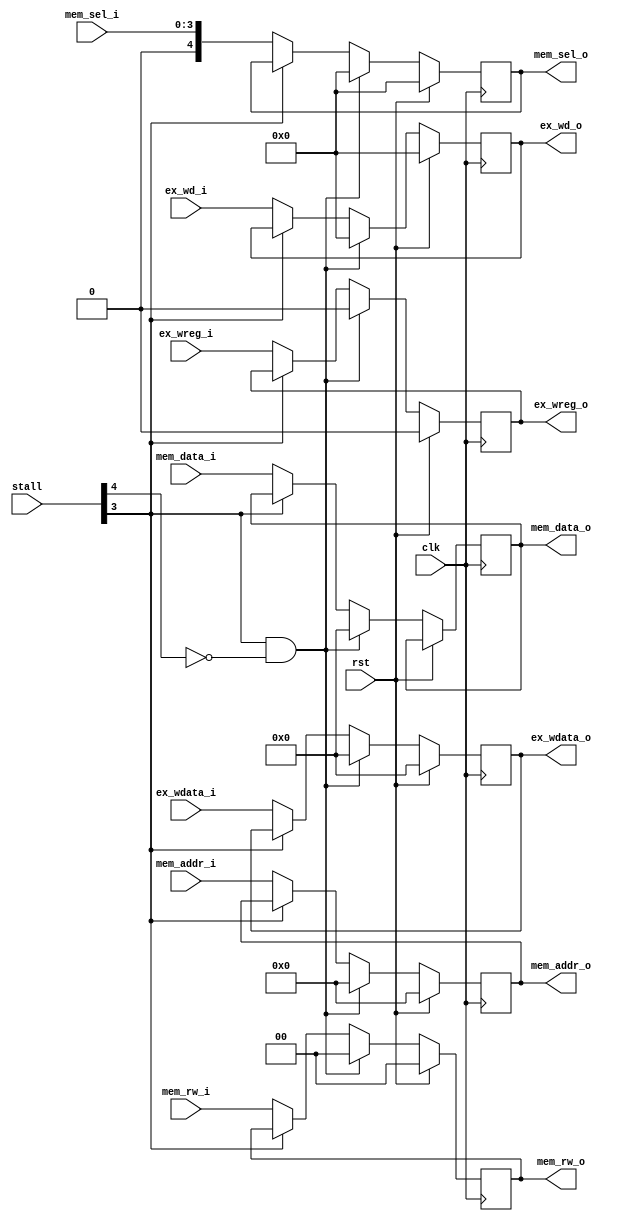
`timescale 1ns / 1ps
//////////////////////////////////////////////////////////////////////////////////
// Company: 
// Engineer: 
// 
// Design Name: 
// Module Name: ex_mem
// Project Name: 
// Target Devices: 
// Tool Versions: 
// Description: 
// 
// Dependencies: 
// 
// Revision:
// Revision 0.01 - File Created
// Additional Comments:
// 
//////////////////////////////////////////////////////////////////////////////////
`timescale 1ns / 1ps
//////////////////////////////////////////////////////////////////////////////////
// Company: 
// Engineer: 
// 
// Design Name: 
// Module Name: id_ex
// Project Name: 
// Target Devices: 
// Tool Versions: 
// Description: 
// 
// Dependencies: 
// 
// Revision:
// Revision 0.01 - File Created
// Additional Comments:
// 
//////////////////////////////////////////////////////////////////////////////////




module ex_mem(

	input	wire										clk,
	input wire										rst,

	
	//
	input wire[4:0] ex_wd_i,
	input wire ex_wreg_i,
	input wire[31:0] ex_wdata_i,
	
	input wire[1:0] mem_rw_i,
    input wire[11:0] mem_addr_i,
    input wire[3:0] mem_sel_i,
    input wire[31:0] mem_data_i,
    input wire[5:0]  stall,
	
	output reg [4:0] ex_wd_o,
	output reg ex_wreg_o,
	output reg[31:0] ex_wdata_o,
	
	
	output reg [1:0] mem_rw_o,
    output reg [11:0] mem_addr_o,
    output reg[4:0] mem_sel_o,
    output reg[31:0] mem_data_o
);

	always @ (posedge clk) begin
		if (rst == 1) begin
			ex_wd_o=5'B0;
            ex_wreg_o=1'B0;
            ex_wdata_o=32'B0;
            mem_rw_o=2'b0;
            mem_addr_o=12'b0;
            mem_sel_o=4'b0;
		end else if(stall[3]==1 && stall[4]==0)begin
		    ex_wd_o=0;
            ex_wreg_o=0;
            ex_wdata_o=0;
            mem_rw_o=0;
            mem_addr_o=0;
            mem_sel_o=0;
            mem_data_o=0;
		end else if(stall[3]==0) begin 		
			ex_wd_o=ex_wd_i;
            ex_wreg_o=ex_wreg_i;
            ex_wdata_o=ex_wdata_i;
            mem_rw_o=mem_rw_i;
            mem_addr_o=mem_addr_i;
            mem_sel_o=mem_sel_i;
            mem_data_o=mem_data_i;
		end
	end
	
endmodule